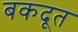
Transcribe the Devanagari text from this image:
बकदूत